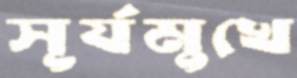
সূর্যমুখে